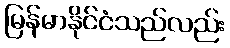
မြန်မာနိုင်ငံသည်လည်း